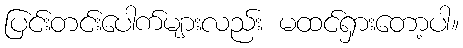
ပြင်းတင်းပေါက်များလည်း မထင်ရှားတော့ပါ။